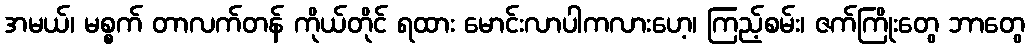
အမယ်၊ မစ္စက် တာလက်တန် ကိုယ်တိုင် ရထား မောင်းလာပါကလားဟေ့၊ ကြည့်စမ်း၊ ဇက်ကြိုးတွေ ဘာတွေ